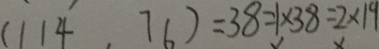
( 1 1 4 , 7 6 ) = 3 8 = 1 \times 3 8 = 2 \times 1 9